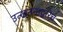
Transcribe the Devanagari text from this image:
उत्खननाद्वारेच